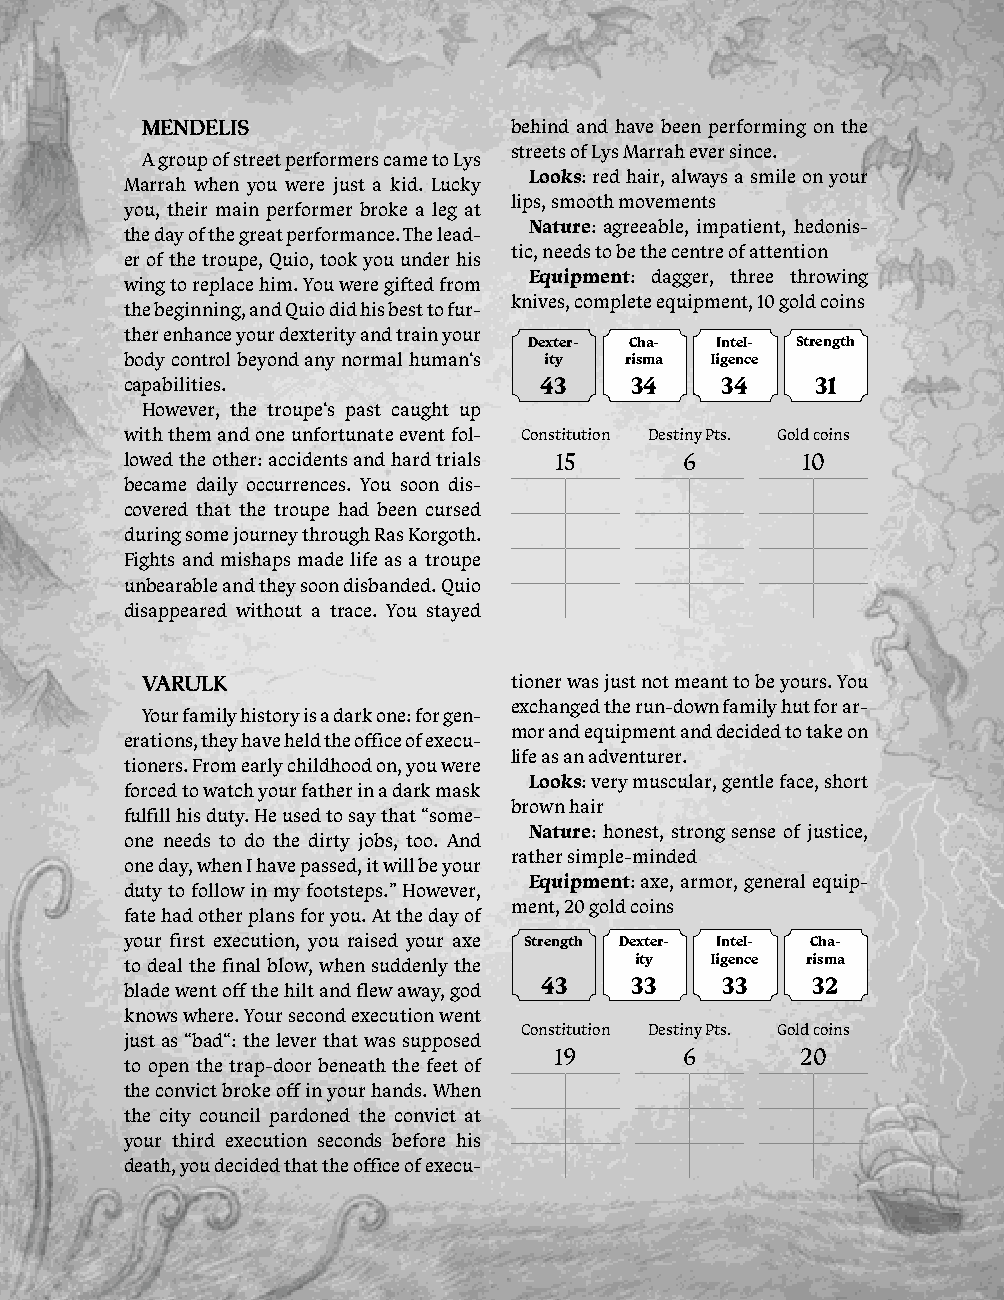
mENdEliS                 behind and have been performing on the
 streets of Lys Marrah ever since.
 A group of street performers came to Lys
 Looks: red hair, always a smile on your
 Marrah when you were just a kid. Lucky
 lips, smooth movements
 you, their main performer broke a leg at
 Nature: agreeable, impatient, hedonis-
 the day of the great performance. The lead-
 tic, needs to be the centre of attention
 er of the troupe, Quio, took you under his
 Equipment: dagger, three throwing
 wing to replace him. You were gifted from
 knives, complete equipment, 10 gold coins
 the beginning, and Quio did his best to fur-
 ther enhance your dexterity and train your
 Dexter- Cha- Intel- Strength
 body control beyond any normal human‘s ity risma ligence
 capabilities.               43    34    34    31
 However, the troupe‘s past caught up
 with them and one unfortunate event fol- Constitution Destiny Pts. Gold coins
 lowed the other: accidents and hard trials 15 6 10
 became daily occurrences. You soon dis-
 covered that the troupe had been cursed
 during some journey through Ras Korgoth.
 Fights and mishaps made life as a troupe
 unbearable and they soon disbanded. Quio
 disappeared without a trace. You stayed
 VarulK                   tioner was just not meant to be yours. You
 exchanged the run-down family hut for ar-
 Your family history is a dark one: for gen-
 mor and equipment and decided to take on
 erations, they have held the office of execu-
 life as an adventurer.
 tioners. From early childhood on, you were
 Looks: very muscular, gentle face, short
 forced to watch your father in a dark mask
 brown hair
 fulfill his duty. He used to say that “some-
 Nature: honest, strong sense of justice,
 one needs to do the dirty jobs, too. And
 rather simple-minded
 one day, when I have passed, it will be your
 Equipment: axe, armor, general equip-
 duty to follow in my footsteps.” However,
 ment, 20 gold coins
 fate had other plans for you. At the day of
 your first execution, you raised your axe Strength Dexter- Intel- Cha-
 to deal the final blow, when suddenly the ity ligence risma
 43    33    33    32
 blade went off the hilt and flew away, god
 knows where. Your second execution went
 Constitution Destiny Pts. Gold coins
 just as “bad“: the lever that was supposed
 19      6       20
 to open the trap-door beneath the feet of
 the convict broke off in your hands. When
 the city council pardoned the convict at
 your third execution seconds before his
 death, you decided that the office of execu-